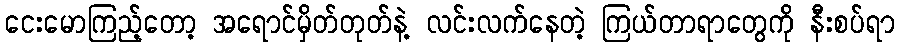
ငေးမောကြည့်တော့ အရောင်မှိတ်တုတ်နဲ့ လင်းလက်နေတဲ့ ကြယ်တာရာတွေကို နီးစပ်ရာ